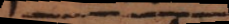
u n